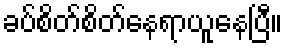
ခပ်စိတ်စိတ်နေရာယူနေပြီ။